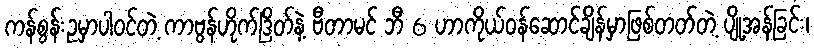
ကန်စွန်းဥမှာပါဝင်တဲ့ ကာဗွန်ဟိုက်ဒြိတ်နဲ့ ဗီတာမင် ဘီ 6 ဟာကိုယ်ဝန်ဆောင်ချိန်မှာဖြစ်တတ်တဲ့ ပျို့အန်ခြင်း၊